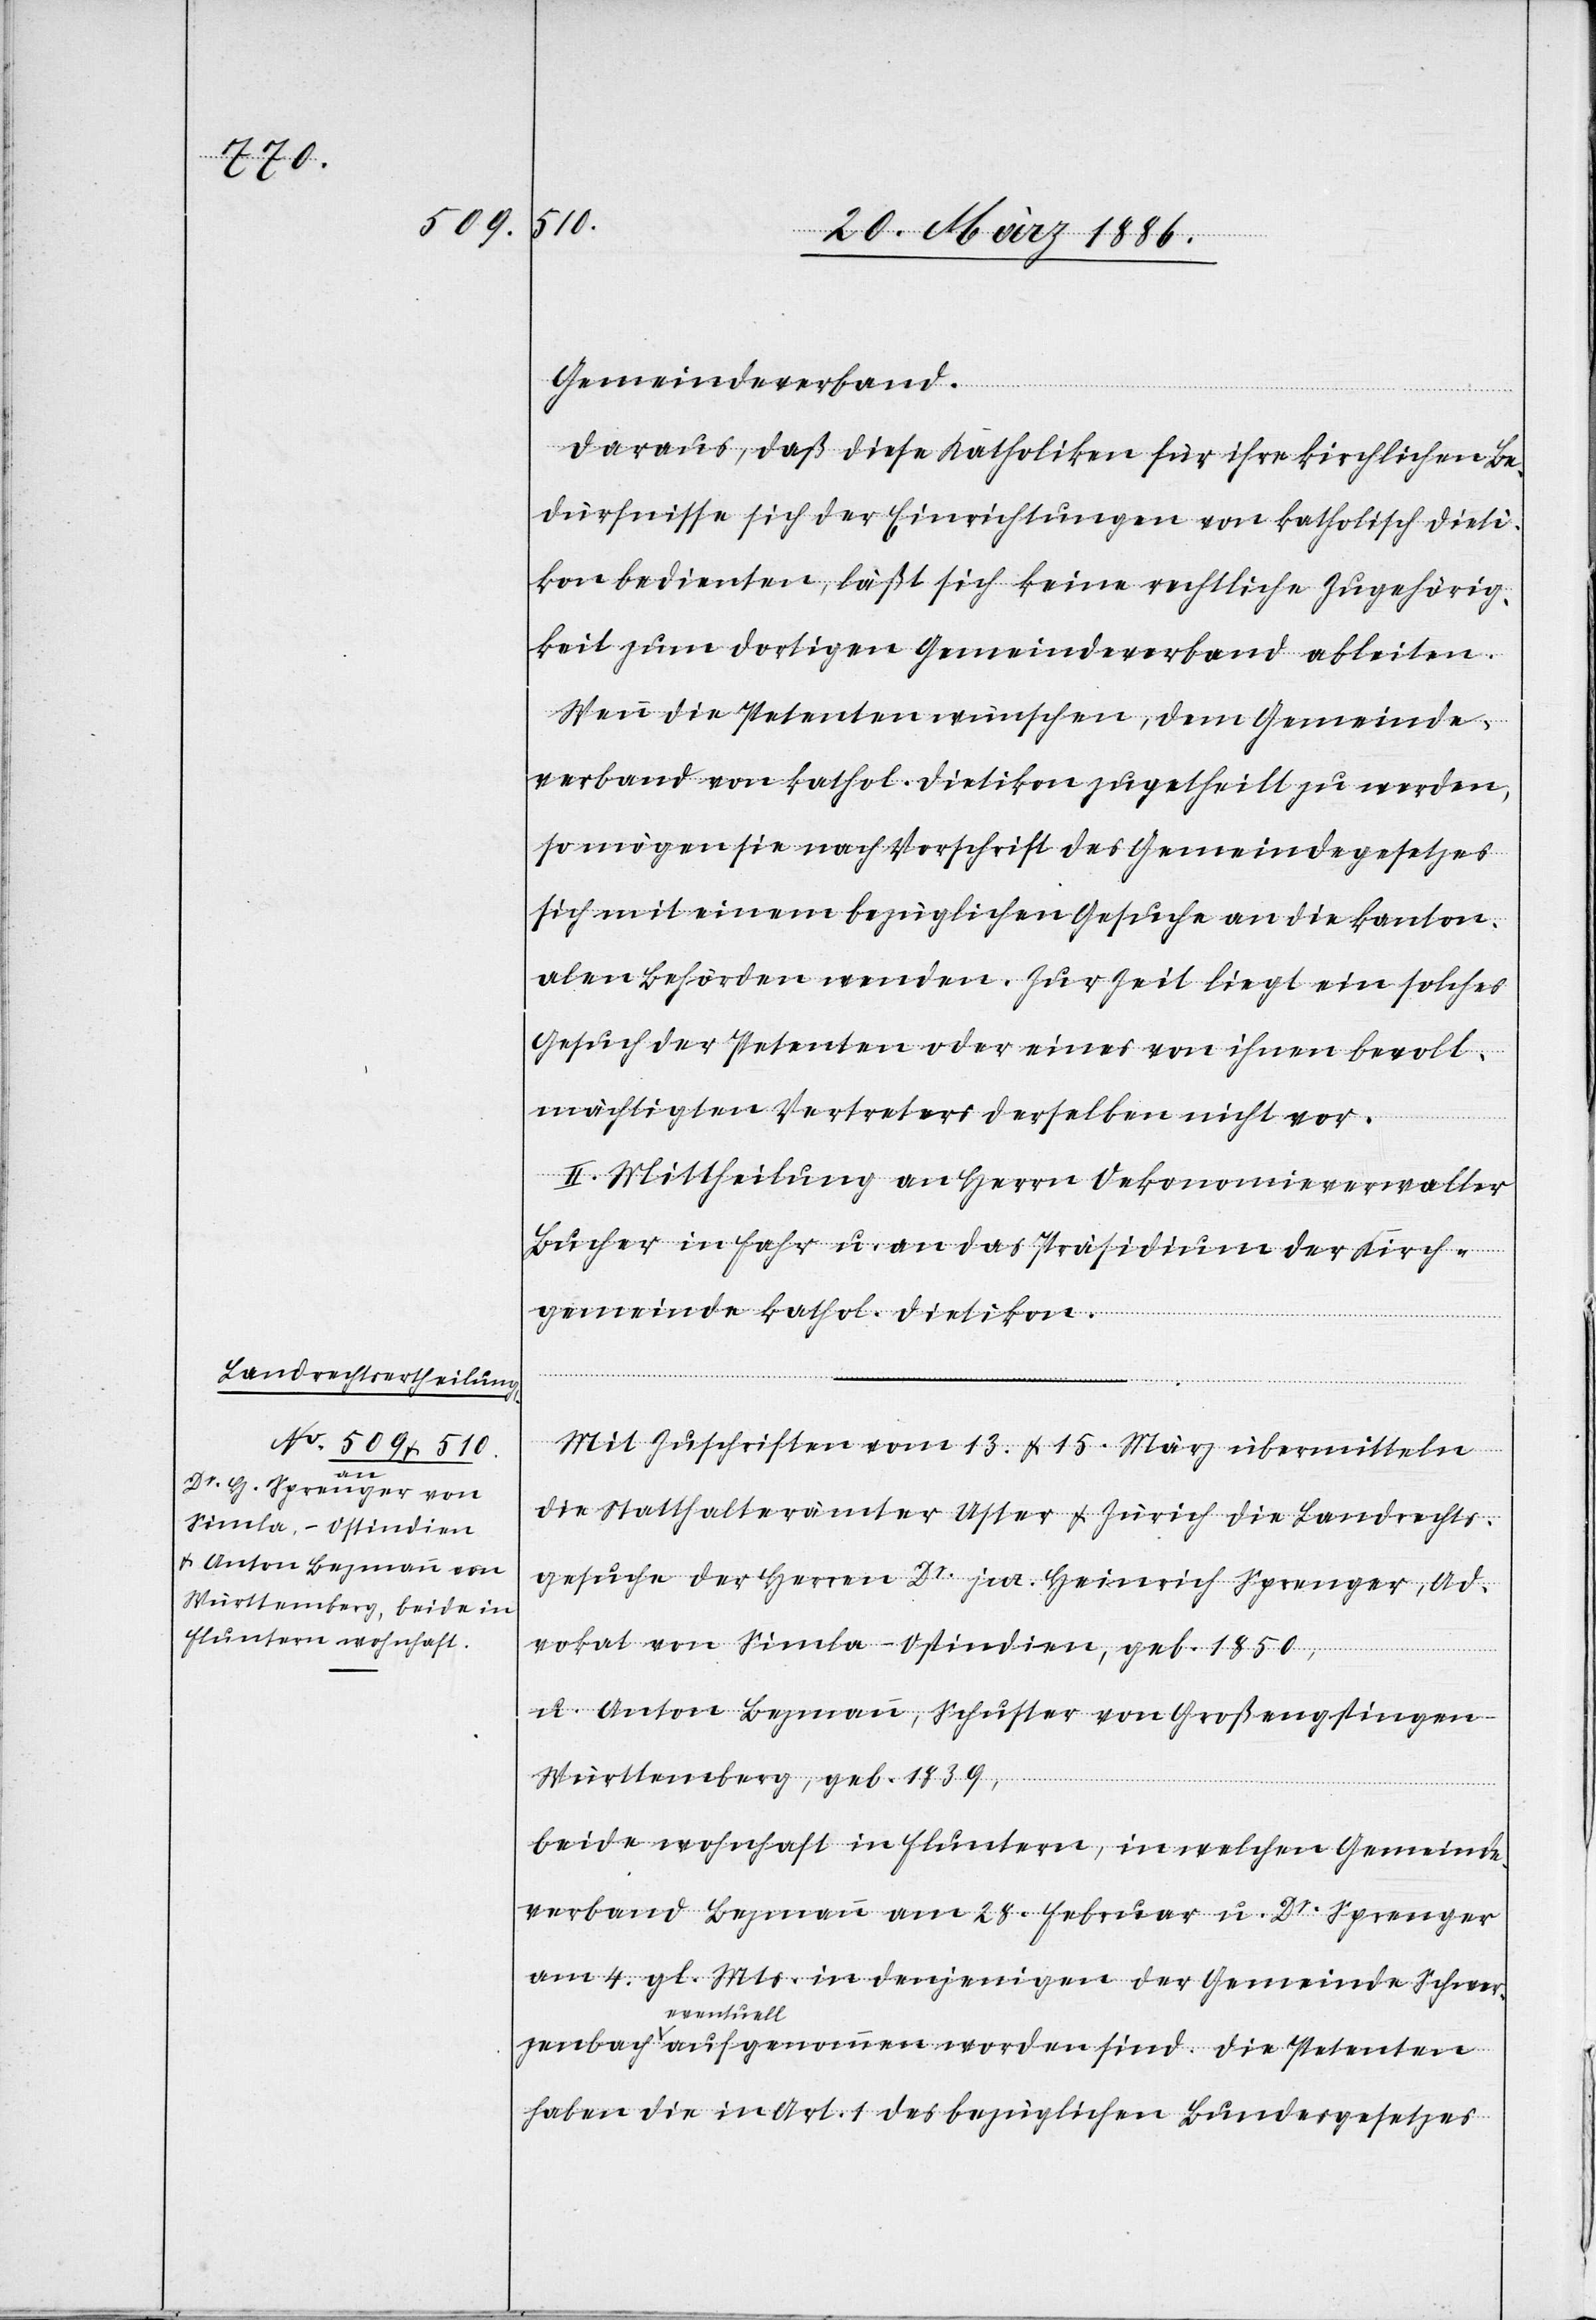
Gemeindeverband.
Daraus, daß diese Katholiken für ihre kirchlichen Be¬
dürfnisse sich der Einrichtungen von katholisch Dieti¬
kon bedienten, läßt sich keine rechtliche Zugehörig¬
keit zum dortigen Gemeindeverband ableiten.
Wenn die Petenten wünschen, dem Gemeinde¬
verband von kathol. Dietikon zugehteilt zu werden,
so mögen sie nach Vorschrift des Gemeindegesetzes
sich mit einem bezüglichen Gesuche an die kanton¬
alen Behörden wenden. Zur Zeit liegt ein solches
Gesuch der Petenten oder eines von ihnen bevoll¬
mächtigten Vertreters derselben [sic!] nicht vor.
II. Mittheilung an Herrn Oekonomieverwalter
Bucher in Fahr u. an das Präsidium der Kirch¬
gemeinde kathol. Dietikon.
Mit Zuschrift vom 13. & 15. März übermitteln
die Statthalterämter Uster & Zürich die Landrechts¬
gesuche der Herren Dr. jur. Heinrich Sprenger, Ad¬
vokat von Simla - Ostindien, geb. 1850,
u. Anton Bezmann, Schuster von Großengstingen
Die Petenten
Württemberg, geb. 1839,
beide wohnhaft in Fluntern, in welchen Gemeinde¬
verband Bezmann am 28. Februar u. Dr. Sprenger
am 4. gl. Mts. in denjenigen der Gemeinde Schwe¬
eventuell
haben die in Art. 1 des bezüglichen Bundesgesetzes